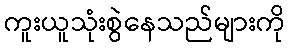
ကူးယူသုံးစွဲနေသည်များကို